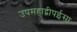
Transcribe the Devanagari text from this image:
उपमहाद्वीपईसा